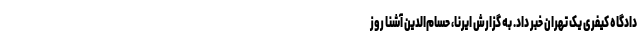
دادگاه کیفری یک تهران خبر داد. به گزارش ایرنا، حسام‌الدین آشنا روز